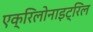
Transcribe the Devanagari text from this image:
एक्रिलोनाइट्रिल